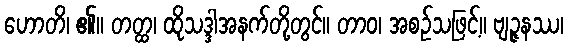
ဟောတိ၊ ၏။ တတ္ထ၊ ထိုသဒ္ဒါအနက်တို့တွင်။ တာဝ၊ အစဉ်သဖြင့်။ ဗျဉ္ဇနဿ၊